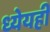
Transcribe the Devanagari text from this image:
ध्येयही